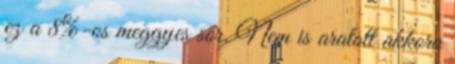
ez a 8%-os meggyes sör. Nem is aratott akkora